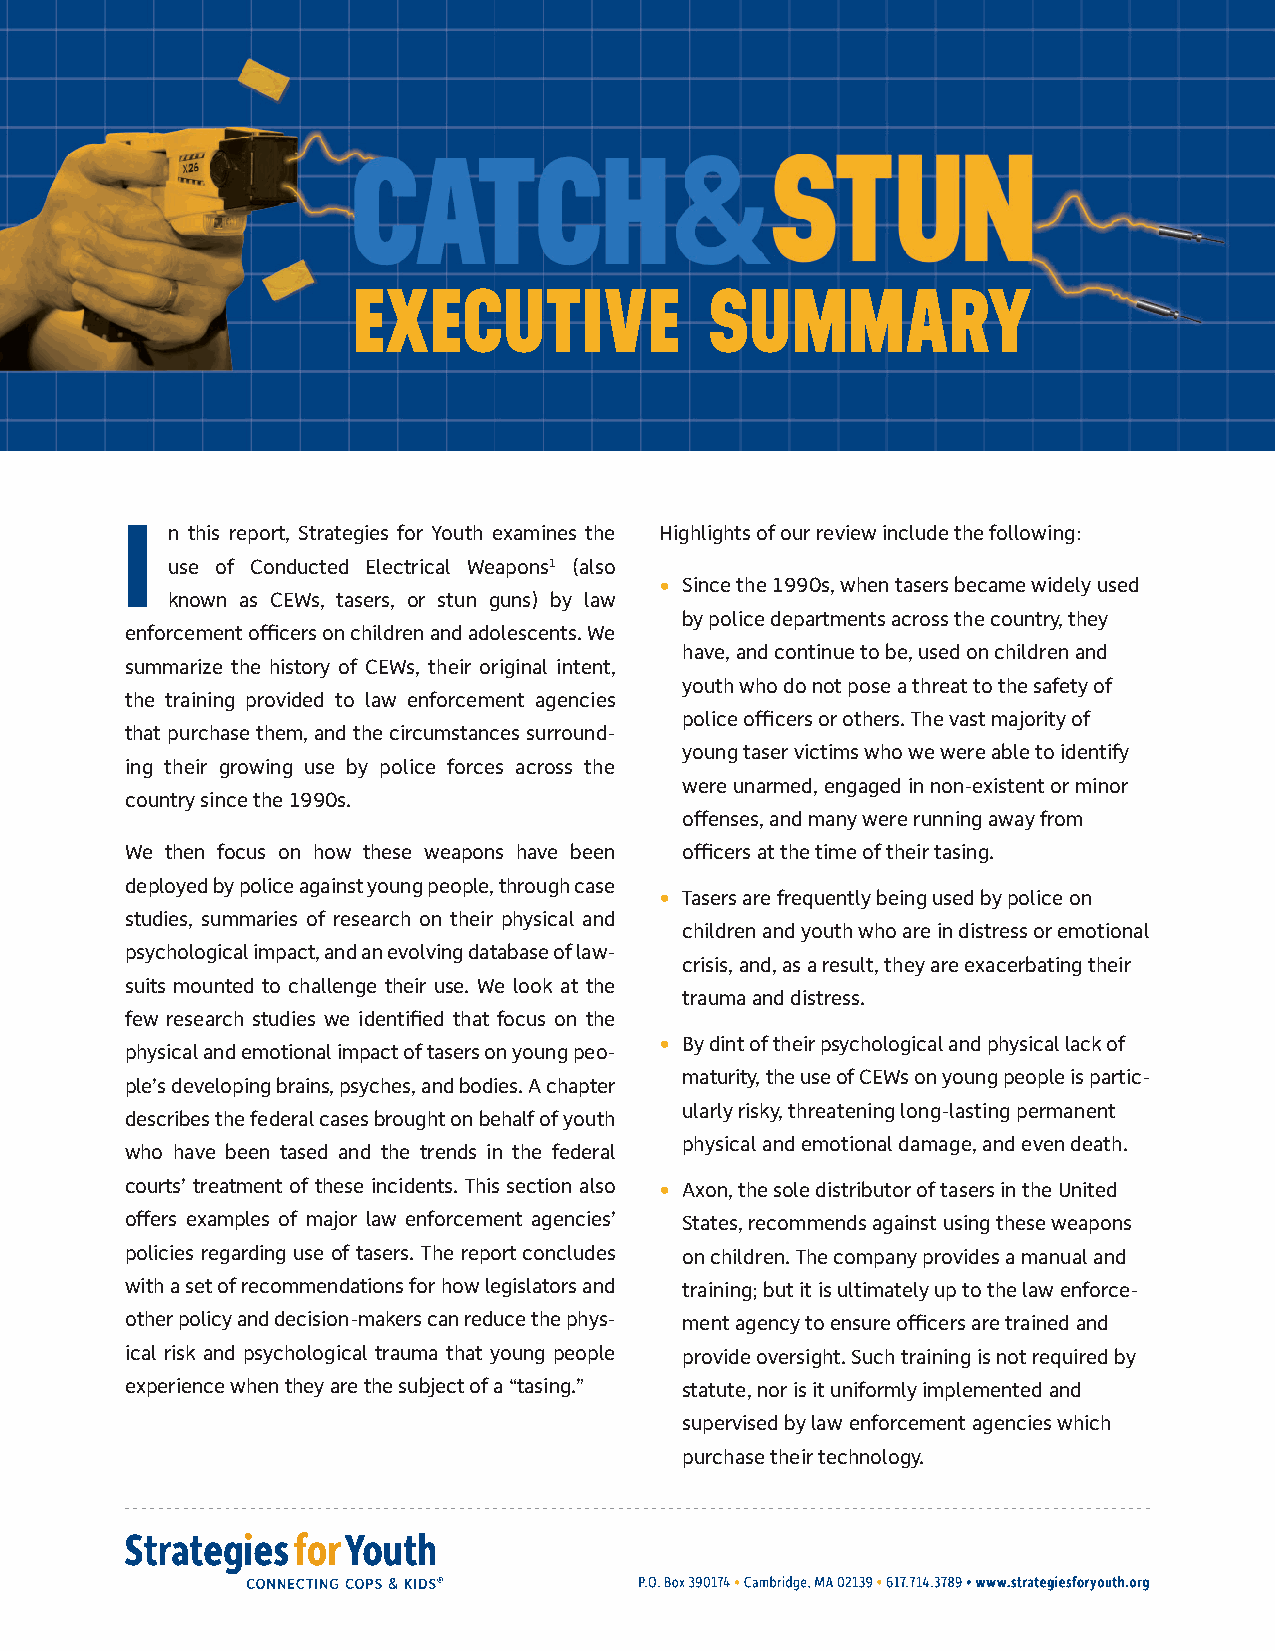
EXECUTIVE               SUMMARY
 I  n this report, Strategies for Youth examines the Highlights of our review include the following:
 use of Conducted Electrical Weapons1 (also
 • Since the 1990s, when tasers became widely used
 known as CEWs, tasers, or stun guns) by law
 by police departments across the country, they
 enforcement officers on children and adolescents. We
 have, and continue to be, used on children and
 summarize the history of CEWs, their original intent,
 youth who do not pose a threat to the safety of
 the training provided to law enforcement agencies
 police officers or others. The vast majority of
 that purchase them, and the circumstances surround-
 young taser victims who we were able to identify
 ing their growing use by police forces across the
 were unarmed, engaged in non-existent or minor
 country since the 1990s.
 offenses, and many were running away from
 We then focus on how these weapons have been officers at the time of their tasing.
 deployed by police against young people, through case
 • Tasers are frequently being used by police on
 studies, summaries of research on their physical and
 children and youth who are in distress or emotional
 psychological impact, and an evolving database of law-
 crisis, and, as a result, they are exacerbating their
 suits mounted to challenge their use. We look at the
 trauma and distress.
 few research studies we identified that focus on the
 • By dint of their psychological and physical lack of
 physical and emotional impact of tasers on young peo-
 maturity, the use of CEWs on young people is partic-
 ple’s developing brains, psyches, and bodies. A chapter
 ularly risky, threatening long-lasting permanent
 describes the federal cases brought on behalf of youth
 physical and emotional damage, and even death.
 who have been tased and the trends in the federal
 courts’ treatment of these incidents. This section also • Axon, the sole distributor of tasers in the United
 offers examples of major law enforcement agencies’ States, recommends against using these weapons
 policies regarding use of tasers. The report concludes on children. The company provides a manual and
 with a set of recommendations for how legislators and training; but it is ultimately up to the law enforce-
 other policy and decision-makers can reduce the phys- ment agency to ensure officers are trained and
 ical risk and psychological trauma that young people provide oversight. Such training is not required by
 experience when they are the subject of a “tasing.” statute, nor is it uniformly implemented and
 supervised by law enforcement agencies which
 purchase their technology.